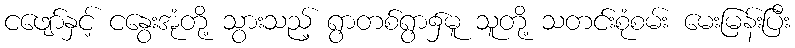
ငဖျော်နှင့် ငနွေးအုံတို့ သွားသည့် ရွာတစ်ရွာ၌မူ သူတို့ သတင်းစုံစမ်း မေးမြန်းပြီး